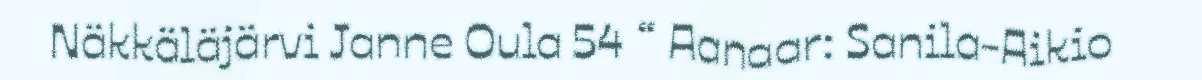
Näkkäläjärvi Janne Oula 54 “ Aanaar: Sanila-Aikio